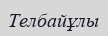
Телбайұлы